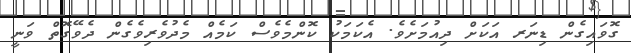
ގޮވައިގެން ޑިނަރ އަކަށް ދިއުމަށެވެ. އެކަމަކު ކޮންމެވެސް ކަމެއް މެދުވެރިވެގެން ދެވޭގޮތް ވަނީ